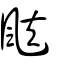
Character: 颫